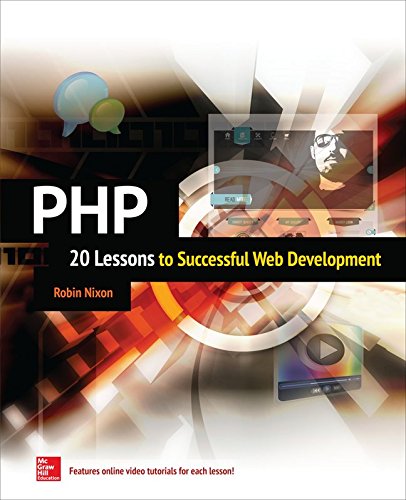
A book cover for PHP: 20 Lessons to Successful Web Development; Robin Nixon; Computers & Technology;